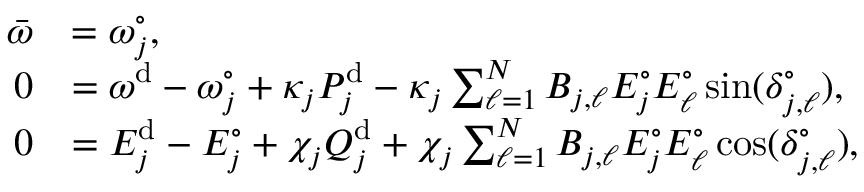
\begin{array} { r l } { \bar { \omega } } & { = \omega _ { j } ^ { \circ } , } \\ { 0 } & { = \omega ^ { \mathrm { d } } - \omega _ { j } ^ { \circ } + \kappa _ { j } P _ { j } ^ { \mathrm { d } } - \kappa _ { j } \sum _ { \ell = 1 } ^ { N } B _ { j , \ell } E _ { j } ^ { \circ } E _ { \ell } ^ { \circ } \sin ( \delta _ { j , \ell } ^ { \circ } ) , } \\ { 0 } & { = E _ { j } ^ { \mathrm { d } } - E _ { j } ^ { \circ } + \chi _ { j } Q _ { j } ^ { \mathrm { d } } + \chi _ { j } \sum _ { \ell = 1 } ^ { N } B _ { j , \ell } E _ { j } ^ { \circ } E _ { \ell } ^ { \circ } \cos ( \delta _ { j , \ell } ^ { \circ } ) , } \end{array}